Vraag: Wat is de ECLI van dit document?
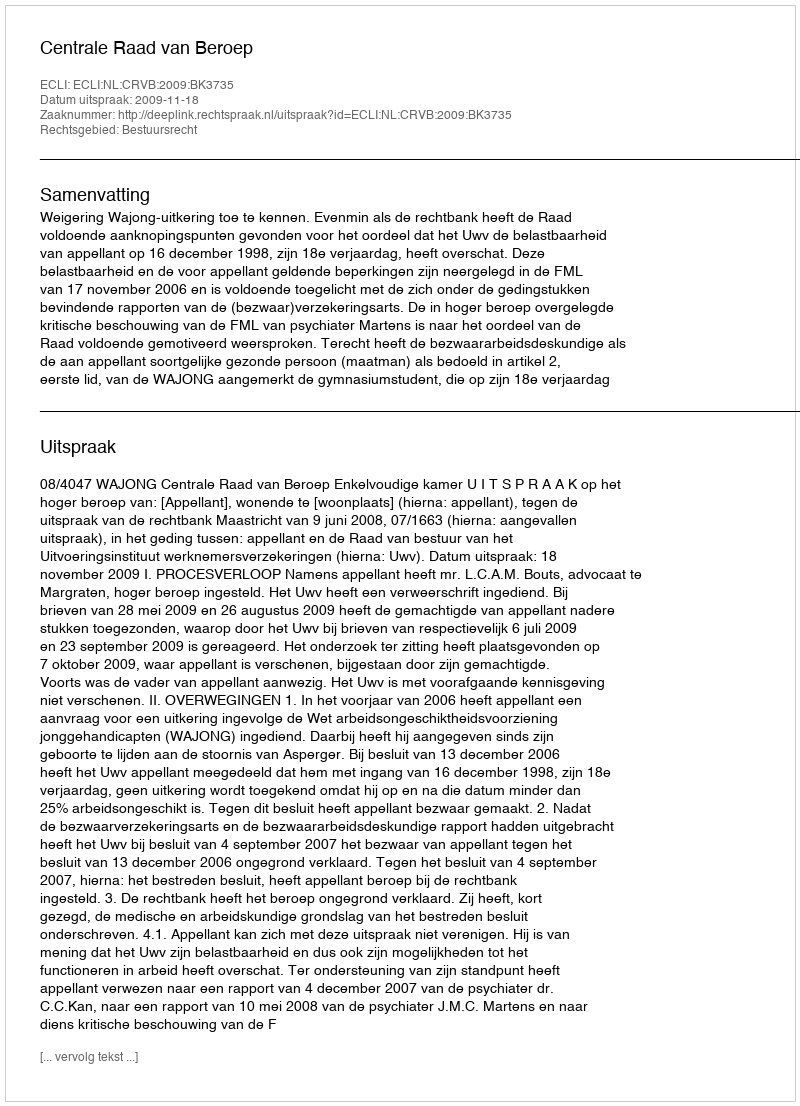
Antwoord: ECLI:NL:CRVB:2009:BK3735